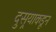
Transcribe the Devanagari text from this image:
दुसर्‍याकडून